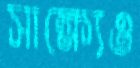
সাক্ষ্যেও